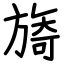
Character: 旖